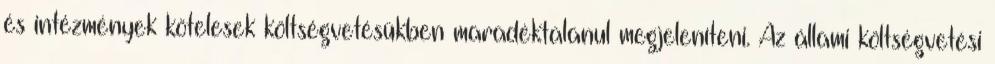
és intézmények kötelesek költségvetésükben maradéktalanul megjeleníteni. Az állami költségvetési